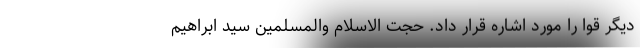
دیگر قوا را مورد اشاره قرار داد. حجت الاسلام والمسلمین سید ابراهیم